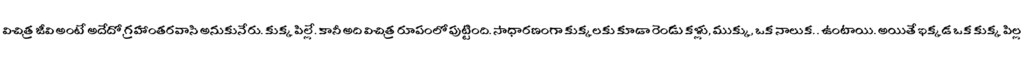
విచిత్ర జీవి అంటే అదేదో గ్రహాంతరవాసి అనుకునేరు. కుక్క పిల్లే. కానీ అది విచిత్ర రూపంలో పుట్టింది. సాధారణంగా కుక్కలకు కూడా రెండు కళ్లు, ముక్కు, ఒక నాలుక. . ఉంటాయి. అయితే ఇక్కడ ఒక కుక్క పిల్ల